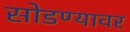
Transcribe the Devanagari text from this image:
सोडण्यावर